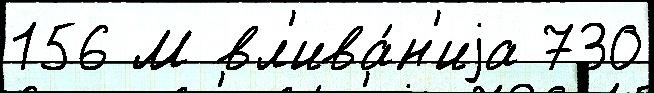
156 М вл'ива́н'иjа 730